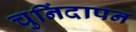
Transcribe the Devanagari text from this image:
चुनिंदापन